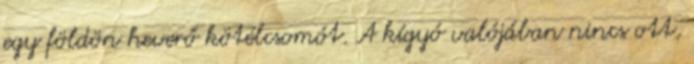
egy földön heverő kötélcsomót. A kígyó valójában nincs ott,